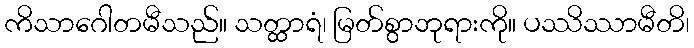
ကိသာဂေါတမီသည်။ သတ္ထာရံ၊ မြတ်စွာဘုရားကို။ ပဿိဿာမီတိ၊